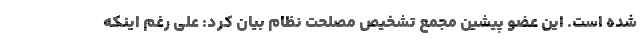
شده است. این عضو پیشین مجمع تشخیص مصلحت نظام بیان کرد: علی رغم اینکه